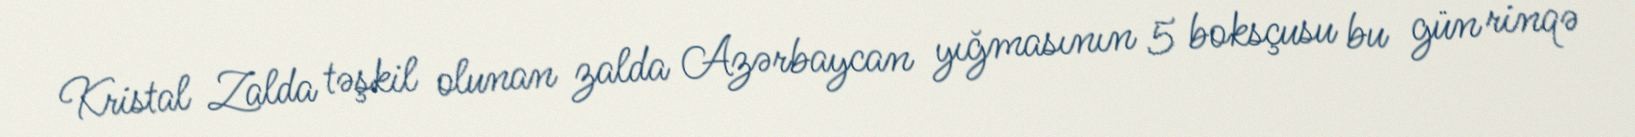
Kristal Zalda təşkil olunan zalda Azərbaycan yığmasının 5 boksçusu bu gün rinqə